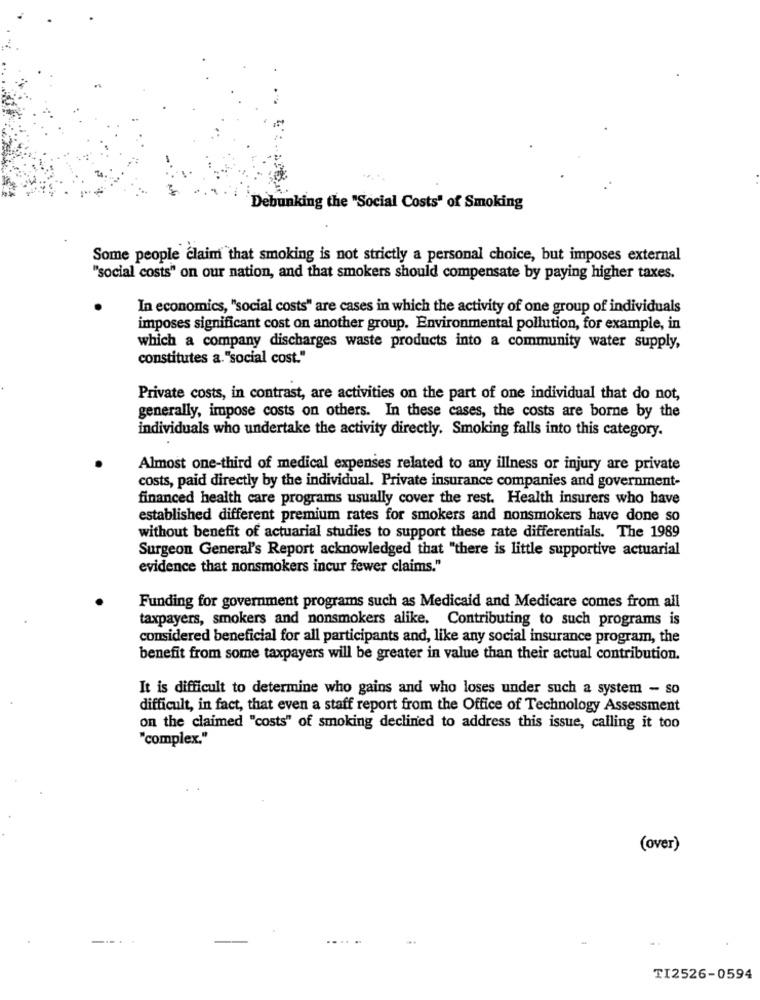
Debunking the "Social Costs" of Smoking
Some people claim that smoking is not strictly a personal choice, but imposes external
"social costs" on our nation, and that smokers should compensate by paying higher taxes.
In economics, "social costs" are cases in which the activity of one group of individuals
imposes significant cost on another group. Environmental pollution, for example, in
which a company discharges waste products into a community water supply,
constitutes a. "social cost."
Private costs, in contrast, are activities on the part of one individual that do not,
generally, impose costs on others. In these cases, the costs are borne by the
individuals who undertake the activity directly. Smoking falls into this category.
Almost one-third of medical expenses related to any illness or injury are private
costs, paid directly by the individual. Private insurance companies and government-
financed health care programs usually cover the rest. Health insurers who have
established different premium rates for smokers and nonsmokers have done so
without benefit of actuarial studies to support these rate differentials. The 1989
Surgeon General's Report acknowledged that "there is little supportive actuarial
evidence that nonsmokers incur fewer claims."
Funding for government programs such as Medicaid and Medicare comes from all
taxpayers, smokers and nonsmokers alike. Contributing to such programs is
considered beneficial for all participants and, like any social insurance program, the
benefit from some taxpayers will be greater in value than their actual contribution.
It is difficult to determine who gains and who loses under such a system - so
difficult, in fact, that even a staff report from the Office of Technology Assessment
on the claimed "costs" of smoking declined to address this issue, calling it too
"complex."
(over)
TI2526-0594